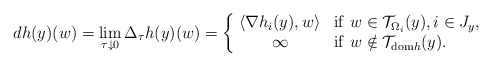
\begin{align*} dh(y)(w)=\lim_{\tau\downarrow 0}\Delta_{\tau}h(y)(w) =\left\{\begin{array}{cl} \!\langle\nabla h_i(y),w\rangle&{\rm if}\ w\in\mathcal{T}_{\Omega_i}(y),i\in J_{y},\\ \infty &{\rm if}\ w\notin\mathcal{T}_{{\rm dom}h}(y). \end{array}\right. \end{align*}